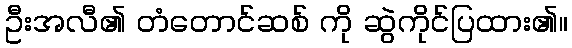
ဦးအလီ၏ တံတောင်ဆစ် ကို ဆွဲကိုင်ပြထား၏။